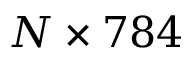
N \times 7 8 4